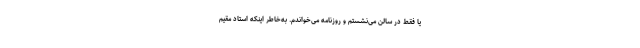
یا فقط در سالن می‌نشستم و روزنامه می‌خواندم. به‌خاطر اینکه استاد مقیم